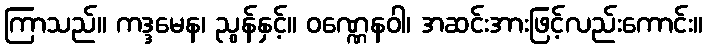
ကြာသည်။ ကဒ္ဒမေန၊ ညွန်နှင့်။ ဝဏ္ဏေနဝါ၊ အဆင်းအားဖြင့်လည်းကောင်း။